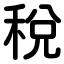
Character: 稅